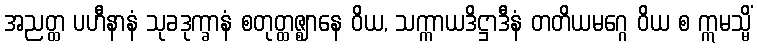
အညတ္ထ ပဟီနာနံ သုခဒုက္ခာနံ စတုတ္ထဇ္ဈာနေ ဝိယ, သက္ကာယဒိဋ္ဌာဒီနံ တတိယမဂ္ဂေ ဝိယ စ ဣမသ္မိံ